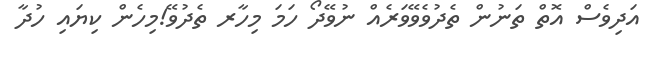
އަދިވެސް އޮތް ތަނުން ތެދުވެވޭވަރެއް ނުވޭދޯ ހަމަ މިހާރ ތެދުވޭ!މިހެން ކިޔައި ހުދާ